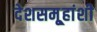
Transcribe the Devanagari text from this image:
देशसमू्हांशी